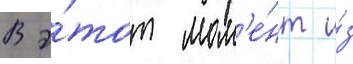
В э́тот мом'е́нт и́з